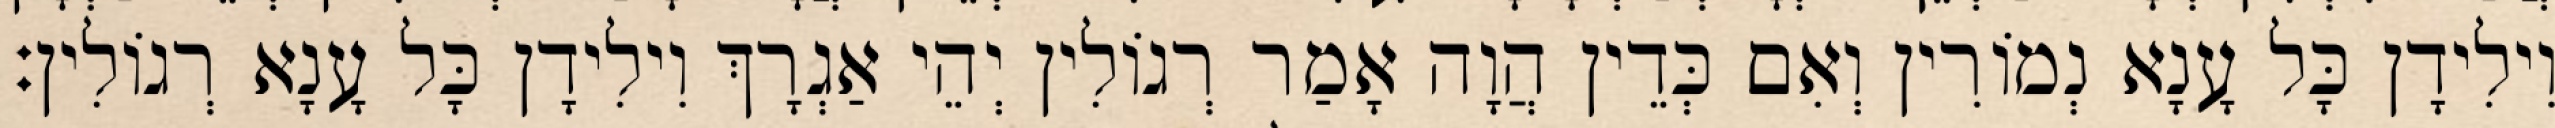
וִילִידָן כָּל עָנָא נְמוֹרִין וְאִם כְּדֵין הֲוָה אָמַר רְגוֹלִין יְהֵי אַגְרָךְ וִילִידָן כָּל עָנָא רְגוֹלִין׃